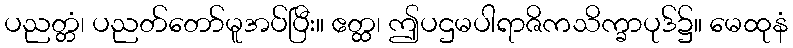
ပညတ္တံ၊ ပညတ်တော်မူအပ်ပြီး။ ဧတ္ထ၊ ဤပဌမပါရာဇိကသိက္ခာပုဒ်၌။ မေထုနံ